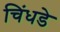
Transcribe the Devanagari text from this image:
चिंधडे